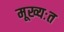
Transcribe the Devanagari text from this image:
मूख्यःत